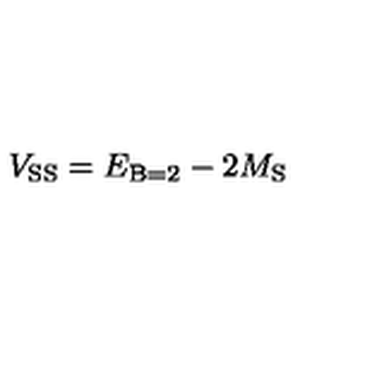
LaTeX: V _ { \mathrm { S S } } = E _ { \mathrm { B } = 2 } - 2 M _ { \mathrm { S } }